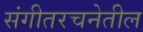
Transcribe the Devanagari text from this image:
संगीतरचनेतील